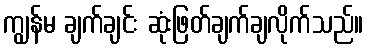
ကျွန်မ ချက်ချင်း ဆုံးဖြတ်ချက်ချလိုက်သည်။